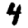
Digit: 4